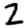
Digit: 2